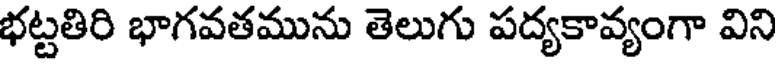
భట్టతిరి భాగవతమును తెలుగు పద్యకావ్యంగా విని